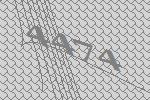
4474